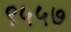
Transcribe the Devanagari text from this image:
९५५७